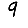
Digit: 9